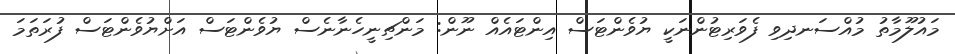
މައުލޫމާތު މުއްސަނދިވި ފެވަރިޓުންނަކީ ޔުވެންޓަސް އިންޓައެއް ނޫން: މަންޗިނީހެނާނެސް ޔުވެންޓަސް އަށްޔުވެންޓަސް ފުރަތަމަ